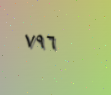
٧٩٦